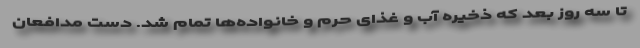
تا سه روز بعد که ذخیره آب و غذای حرم و خانواده‌ها تمام شد. دست مدافعان